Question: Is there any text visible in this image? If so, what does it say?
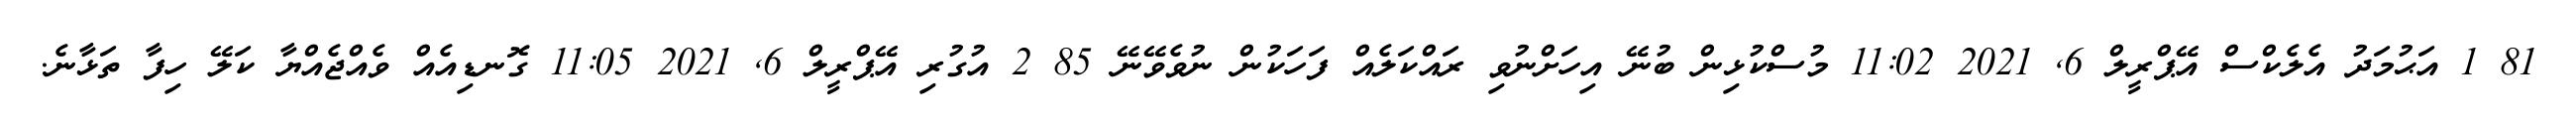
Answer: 81 1 އަޙުމަދު އެލެކްސް އޭޕްރީލް 6, 2021 11:02 މުސްކުޅިން ބުނޭ އިހަށްނުވި ރައްކަލެއް ފަހަކުން ނުވެވޭނޭ 85 2 އުގުރި އޭޕްރީލް 6, 2021 11:05 ގޮނޑިއެއް ވެއްޖެއްޔާ ކަލޭ ހިފާ ތަޅާނެ.